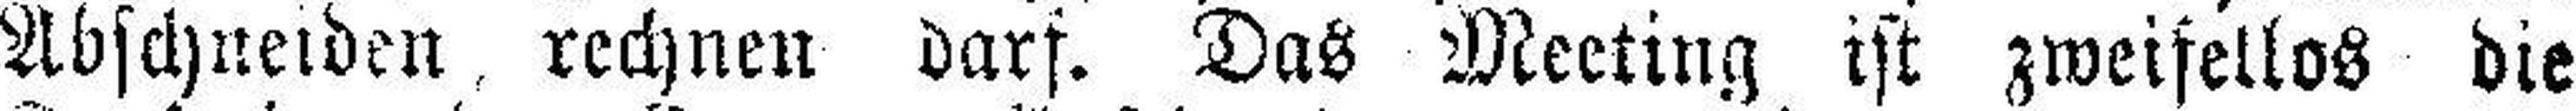
Abschneiden. rechnen darf. Das Meeting ist zweifellos die